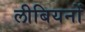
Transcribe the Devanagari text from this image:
लीबियनों